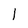
Character: 1